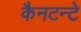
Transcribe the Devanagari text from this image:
कैनटन्टे